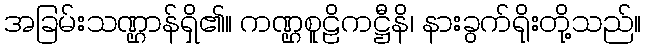
အခြမ်းသဏ္ဌာန်ရှိ၏။ ကဏ္ဌစူဠိကဋ္ဌီနိ၊ နားခွက်ရိုးတို့သည်။